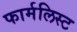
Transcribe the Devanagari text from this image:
फार्मलिस्ट